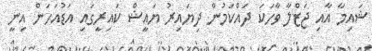
ޝައިމާ އާއި ޖަޒްލާ ވާހަކަ ދައްކަމުން ދިޔައިރު ޔައީޝް ކައިރީގައި އަޑުއަހަން އިނީ